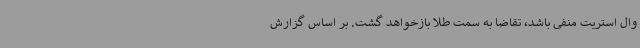
وال استریت منفی باشد، تقاضا به سمت طلا بازخواهد گشت. بر اساس گزارش